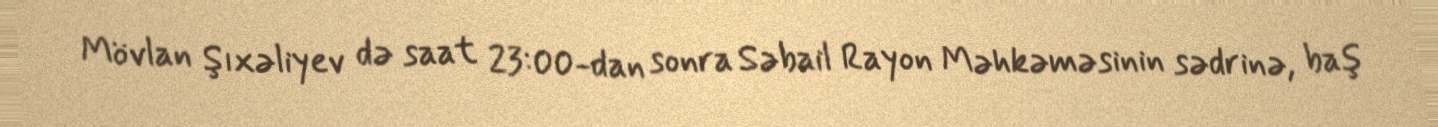
Mövlan Şıxəliyev də saat 23:00-dan sonra Səbail Rayon Məhkəməsinin sədrinə, baş